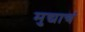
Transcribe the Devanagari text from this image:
मुद्याचं